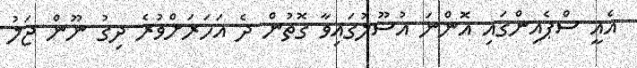
އެއީ ސްޕެއިންގައި އޮންނަ އުސޫލުގައިވާ ގޮތުން ދެ އަހަރަށްވުރެ ދިގު ނޫން ޖަލު